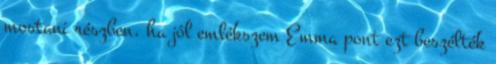
mostani részben, ha jól emlékszem Emma pont ezt beszélték